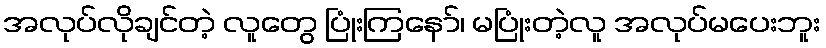
အလုပ်လိုချင်တဲ့ လူတွေ ပြုံးကြနော်၊ မပြုံးတဲ့လူ အလုပ်မပေးဘူး